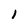
Character: 1